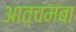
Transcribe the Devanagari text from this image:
आत्चमंबा